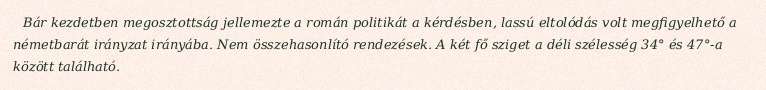
Bár kezdetben megosztottság jellemezte a román politikát a kérdésben, lassú eltolódás volt megfigyelhető a németbarát irányzat irányába. Nem összehasonlító rendezések. A két fő sziget a déli szélesség 34° és 47°-a között található.